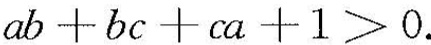
$$a b + b c + c a + 1 ＞ 0$$.